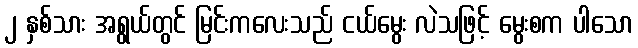
၂ နှစ်သား အရွယ်တွင် မြင်းကလေးသည် ငယ်မွေး လဲသဖြင့် မွေးစက ပါသော